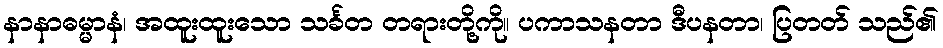
နာနာဓမ္မာနံ၊ အထူးထူးသော သင်္ခတ တရားတို့ကို။ ပကာသနတာ ဒီပနတာ၊ ပြတတ် သည်၏